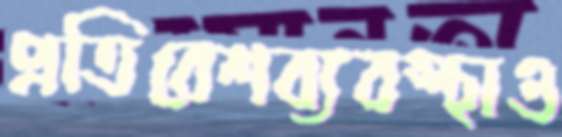
প্রতিবেশব্যবস্থাও